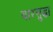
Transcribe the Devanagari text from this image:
वारसुद्धा